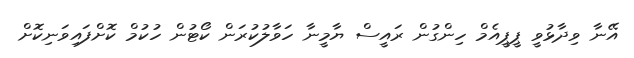
އޭނާ ވިދާޅުވީ ޕީޕީއެމް ހިންގުން ރައީސް ޔާމީނާ ހަވާލުކުރަން ކޯޓުން ހުކުމް ކޮށްފައިވަނިކޮށް